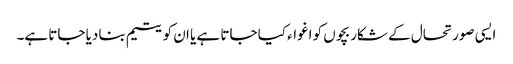
ایسی صورتحال کے شکار بچوں کو اغواء کیا جاتا ہے یا ان کو یتیم بنا دیا جاتا ہے۔